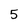
Character: 5